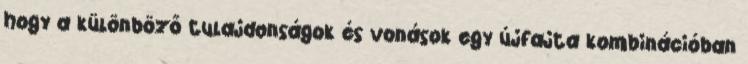
hogy a különböző tulajdonságok és vonások egy újfajta kombinációban